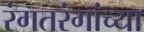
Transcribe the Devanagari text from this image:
रंगतरंगांच्या